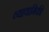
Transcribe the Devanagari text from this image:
व्यायामिकी